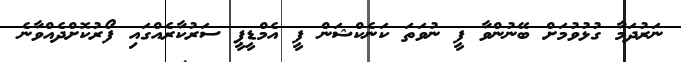
ނަރުދަމާ ގުޅުވުމަށް ބޭނުންވާ ފީ ނުވަތަ ކަނެކްޝަން ފީ އެމްޑީޕީ ސަރުކާރެއްގައި ފޯރުކޮށްދެއްވާނެ